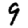
Digit: 9